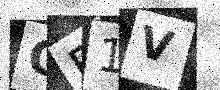
Text: CE1V